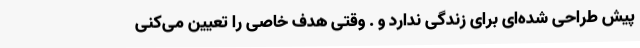
پیش طراحی شده‌ای برای زندگی ندارد و . وقتی هدف خاصی را تعیین می‌کنی